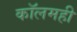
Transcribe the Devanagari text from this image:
कॉलमही